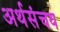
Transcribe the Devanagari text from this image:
अर्थसंचय